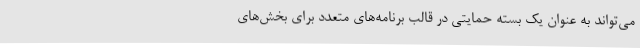
می‌تواند به عنوان یک بسته حمایتی در قالب برنامه‌های متعدد برای بخش‌های